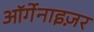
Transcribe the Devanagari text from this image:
ऑर्गेनाइज़र